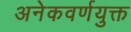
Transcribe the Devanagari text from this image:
अनेकवर्णयुक्त